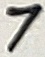
Text: 7